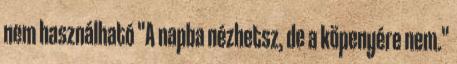
nem használható "A napba nézhetsz, de a köpenyére nem."